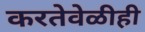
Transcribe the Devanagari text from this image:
करतेवेळीही